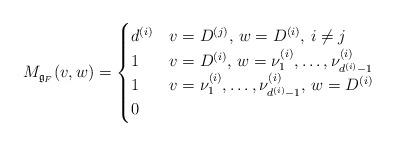
LaTeX: \begin{align*}M_{\mathfrak{g}_F}(v,w) = \begin{cases}d^{(i)} & v = D^{(j)}, \, w=D^{(i)}, \, i \neq j \\1 & v=D^{(i)}, \, w = \nu_1^{(i)},\dots,\nu_{d^{(i)}-1}^{(i)} \\1 & v=\nu_1^{(i)},\dots,\nu_{d^{(i)}-1}^{(i)}, \, w = D^{(i)} \\0 & \end{cases}\end{align*}